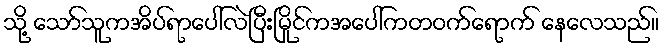
သို့ သော်သူကအိပ်ရာပေါ်လဲပြီးမြိုင်ကအပေါ်ကတဝက်ရောက် နေလေသည်။